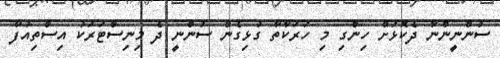
ސުންނީންނާ ދެކޮޅަށް ހިންގި މި ހަރަކާތާ ގުޅިގެން ސުންނީ ދެ މިނިސްޓަރަކު އިސްތިއުފާ